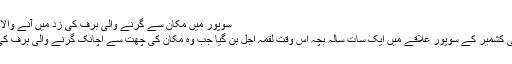
سوپور میں مکان سے گرنے والی برف کی زد میں آنے والا بچہ لقمہ اجل
سرینگر/شمالی کشمیر کے سوپور علاقے میں ایک سات سالہ بچہ اُس وقت لقمہ اجل بن گیا جب وہ مکان کی چھت سے اچانک گرنے والی برف کی زد میں آگیا۔